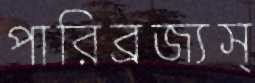
পারিব্রজ্যস্